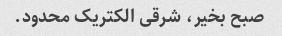
صبح بخیر، شرقی الکتریک محدود.